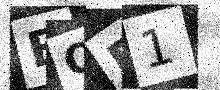
Text: BOR1